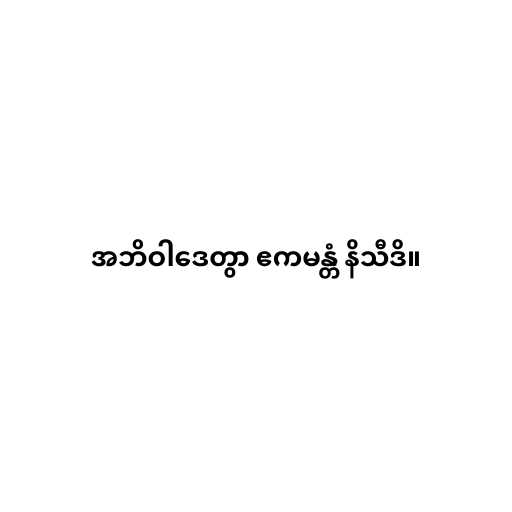
အဘိဝါဒေတွာ ဧကမန္တံ နိသီဒိ။